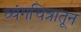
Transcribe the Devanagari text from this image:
व्यंगचित्रातून